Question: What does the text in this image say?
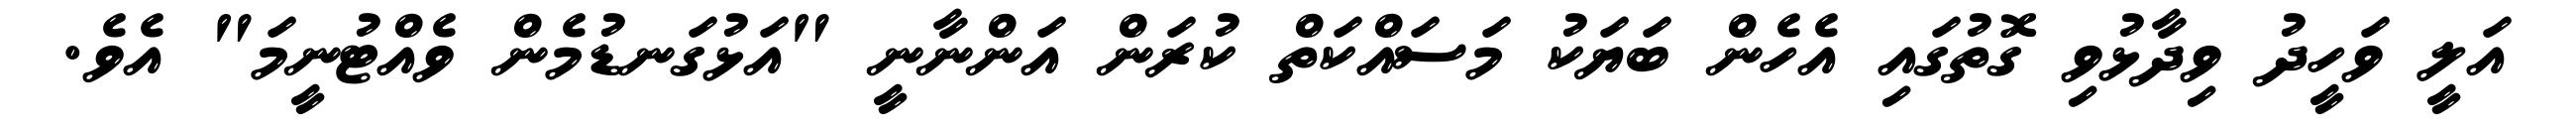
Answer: އަލީ ވަހީދު ވިދާޅުވި ގޮތުގައި އެހެން ބަޔަކު މަސައްކަތް ކުރަން އަންނާނީ "އަޅުގަނޑުމެން ވެއްޓުނީމަ" އެވެ.